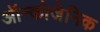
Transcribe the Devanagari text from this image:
ऑन्कोजेनिक